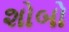
શોબો